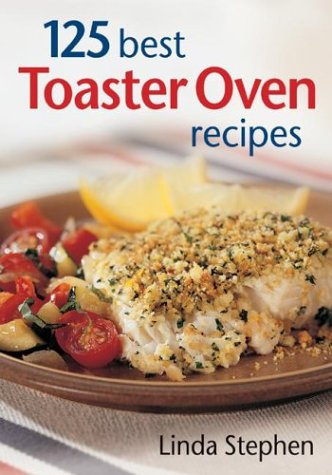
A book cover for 125 Best Toaster Oven Recipes; Linda Stephen; Cookbooks, Food & Wine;